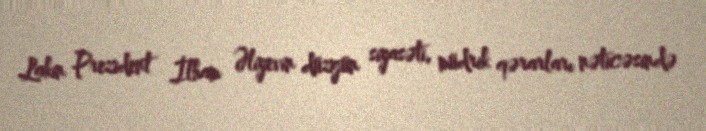
Lakin Prezident İlham Əliyevin düzgün siyasəti, müdrik qərarları nəticəsində